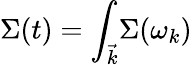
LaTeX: \Sigma(t)={\int_{\vec{k}}}\Sigma(\omega_{k})